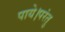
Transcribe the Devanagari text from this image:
पाये।परंतु